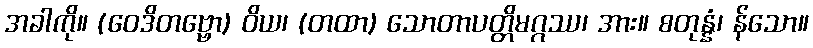
အခါကို။ (ဝေဒိတဗ္ဗော) ဝိယ၊ (တထာ) သောတာပတ္တိမဂ္ဂဿ၊ အား။ စတုန္နံ၊ န်သော။